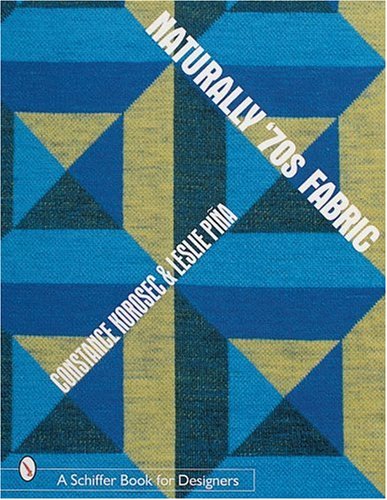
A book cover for Naturally '70s Fabric (Schiffer Book for Designers); Constance Johnson Korosec; Crafts, Hobbies & Home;